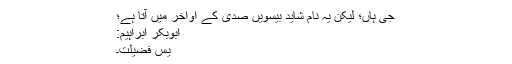
جی ہاں؛ لیکن یہ نام شاید بیسویں صدی کے اواخر میں آتا ہے؛
ابوبکر ابراہیم:
یس فضیلت۔